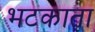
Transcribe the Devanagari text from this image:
भटकाता